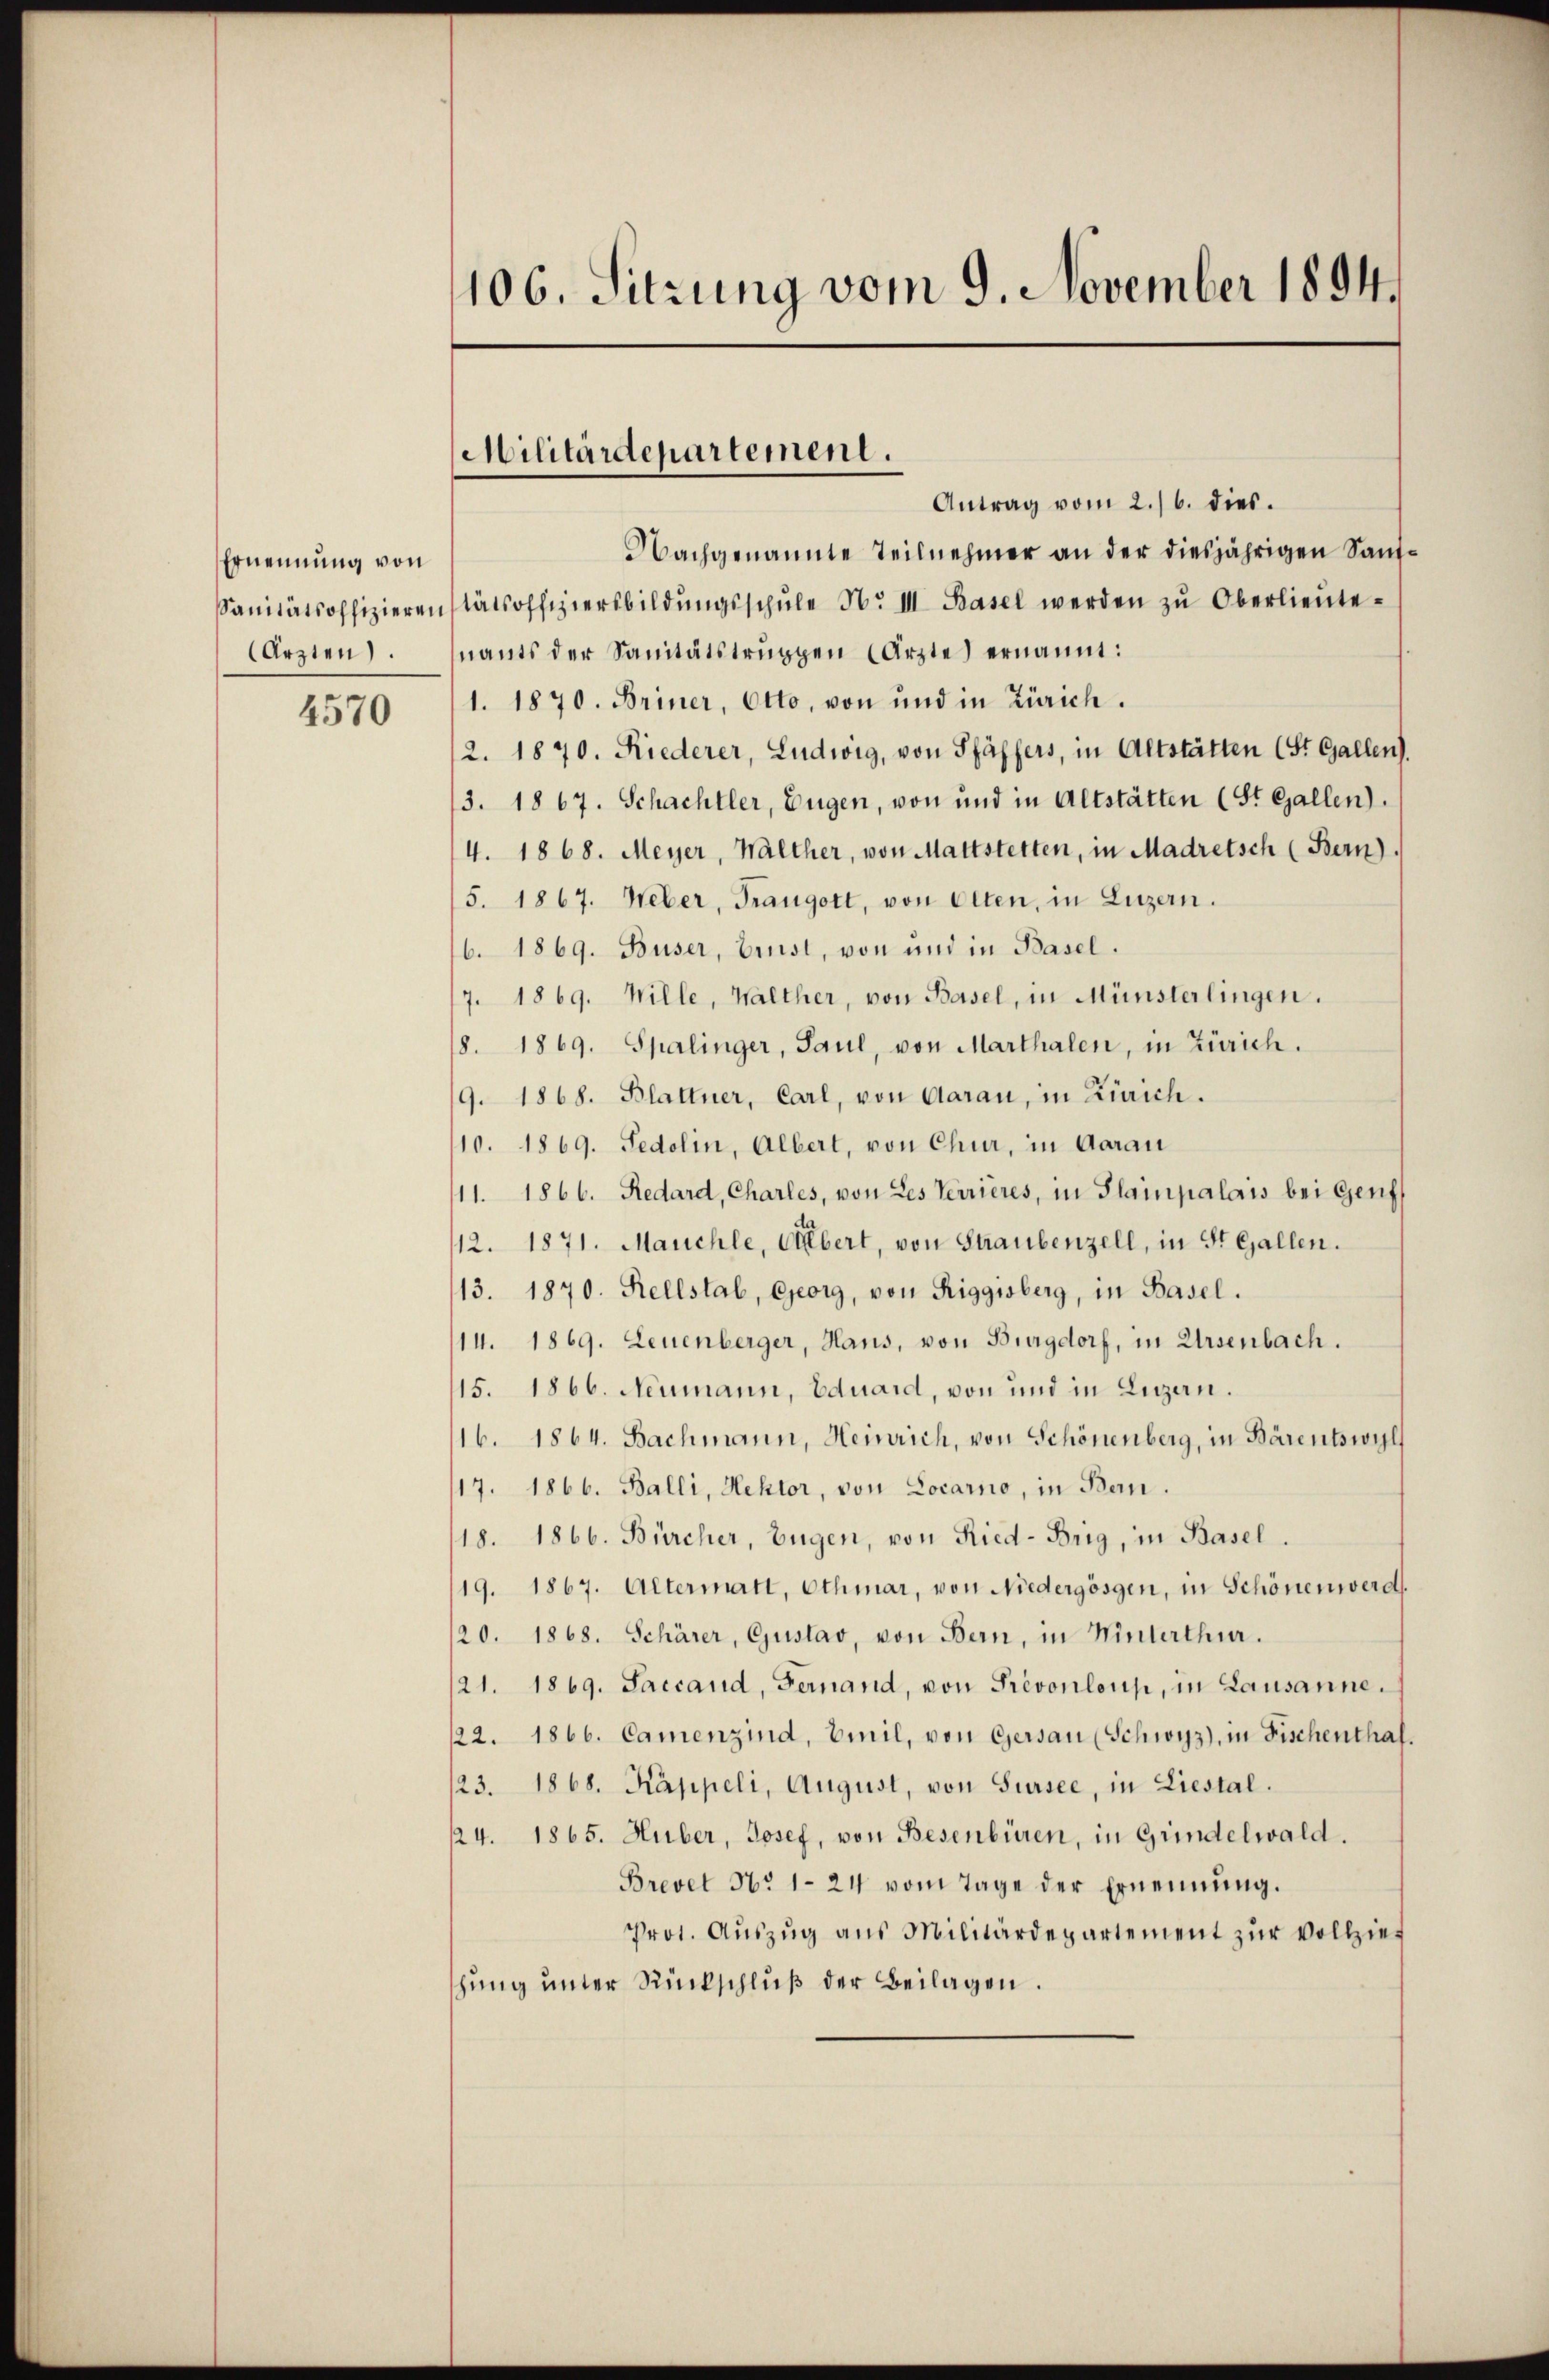
Ernennung von
Ärzten.

4570

106. Sitzung vom 9. November 1894.

Antrag vom 2./6. dies.
Nachgenannte Teilnehmer an der diesjährigen Sauf¬
Sanitätsoffizierenstätsoffiziersbildŭngsschŭle Nr. III. Basel werden zŭ Oberlieŭte-
nants der Sanitätstruppen Ärzte ernannt:
1. 1870. Briner, Otto, von und in Zürich.
12. 1870. Riederer, Ludwig, von Pfäffers, in Altstätten (St. Gallen).
3. 1867. Schachtler, Eugen, von und in Altstätten (St. Gallen).
4. 1868. Meyer, Walther, von Mattstetten, in Madretsch (Bern)
5. 1867. Weber, Traugott, von Olten, in Luzern.
b. 1869. Buser, Ernst, von und in Basel.
7. 1869. Wille, Walther, von Basel, in Münsterlingen.
8. 1869. Spalinger, Paul, von Marthalen, in Zürich.
/9. 1868. Blattner, Carl, von Aarau, in Zürich.
110. 1869. Fedolin, Albert, von Chur, in Aarau
11. 1866. Redard, Charles, von Les Verrieres, in Slampalais bei Genf
12. 1871. Manchle, Albert, von Straubenzell, in St. Gallen.
13. 1870. Rellstal, Georg, von Riggisberg, in Basel.
14. 1869. Leuenberger, Haus, von Burgdorf, in Arsenbach.
15. 1866. Neumann, Eduard, von und in Luzern.
16. 1864. Sachmann, Heinrich, von Schönenberg, in Bärentswil
17. 1866. Balli, Hektor, von Locarno, in Bern.
18. 1866. Bürcher, Eugen, von Ried-Brig, in Basel.
19. 1867. Altermatt, Othmar, von Niedergösgen, in Schönenwerd
20. 1868. Schärer, Gustav, von Bern, in Hinterthur.
21. 1869. Saccand, Fernand, von Prevonloup, in Lausanne.
22. 1866. Camenzind, Emil, von Gersau (Schwyz), in Fischenthal.
123. 1868. Kappeli, August, von Sursee, in Liestal.
124. 1865. Huber, Josef, von Besenbüren, in Grindelwald.
Brevet No 1-24 vom Tage der Ernennung.
Prot. Aŭszŭg aŭs Militärdepartement zŭr Vollzieh
schung unter Rückschluß der Beilagen.

Militärdepartement.